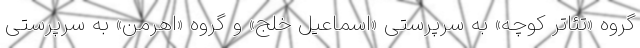
گروه «تئاتر کوچه» به سرپرستی «اسماعیل خلج» و گروه «اهرمن» به سرپرستی